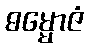
ဓမ္မောဇံ